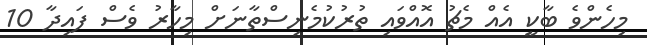
މިހެންވެ ބާކީ އެއް މެޗު އޮއްވައި ތުރުކުމެނިސްތާނަށް މިހާރު ވެސް ފައިދާ 10